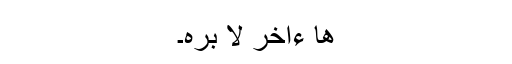
ٰهًا ءَاخَرَ لَا بُرۡهَ۔